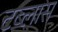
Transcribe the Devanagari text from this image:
टब्लास